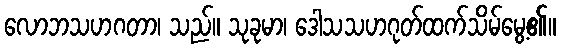
လောဘသဟဂတာ၊ သည်။ သုခုမာ၊ ဒေါသသဟဂုတ်ထက်သိမ်မွေ့၏။